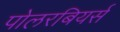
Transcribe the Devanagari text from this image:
पोलरबियर्स